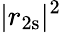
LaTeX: |r_{2\mathrm s}|^{2}